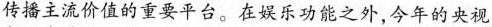
传播主流价值的重要平台。在娱乐功能之外，今年的央视